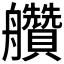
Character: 𦫅